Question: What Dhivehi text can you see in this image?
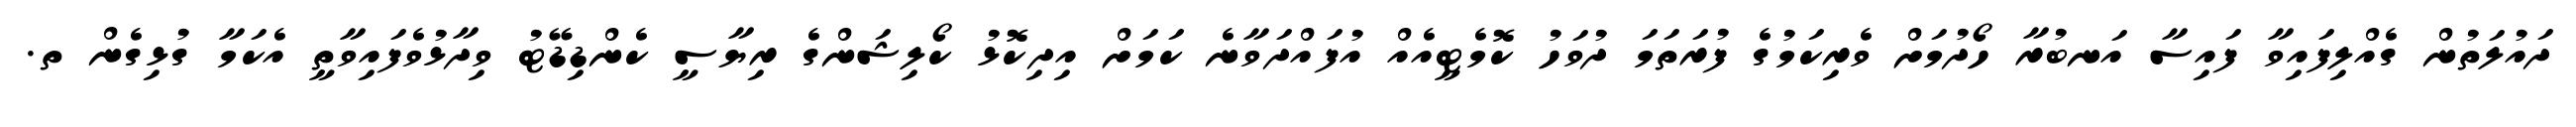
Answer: ދައުލަތުން ގެއްލިފައިވާ ފައިސާ އަނބުރާ ހޯދުމަށް ވެރިކަމުގެ ފުރަތަމަ ދުވަހު ކޮމެޓީއެއް އުފައްދަވާނެ ކަމަށް އިދިކޮޅު ކޯލިޝަންގެ ރިޔާސީ ކެންޑިޑޭޓު ވިދާޅުވެފައިވާތީ އެކަމާ ގުޅިގެން ތ.